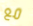
مع